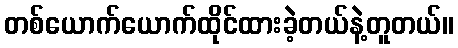
တစ်ယောက်ယောက်ထိုင်ထားခဲ့တယ်နဲ့တူတယ်။